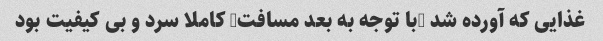
غذایی که آورده شد (با توجه به بعد مسافت) کاملا سرد و بی کیفیت بود